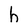
Character: h